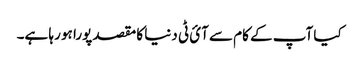
کیا آپ کے کام سے آئ ٹی دنیا کا مقصد پورا ہو رہا ہے۔